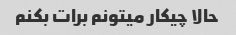
حالا چیکار میتونم برات بکنم